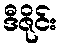
ဒီဇိုင်း